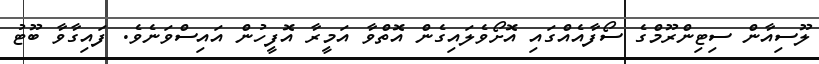
ލޫސިއާން ސިޓިންރޫމްގެ ސޯފާއެއްގައި އޮށޯވެލައިގެން އޮތްވާ އަމީރާ އޮފީހުން އައިސްވަނެވެ. ފައިގާވާ ބޫޓު